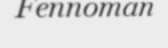
Fennoman